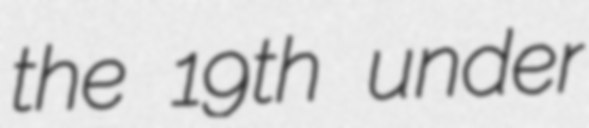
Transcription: the 19th under